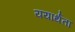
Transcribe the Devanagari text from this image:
ययार्थता